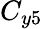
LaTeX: C_{y5}